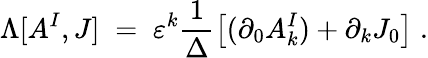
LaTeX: \Lambda[A^{I},J]\; =\; \varepsilon^{k}\frac{1}{\Delta}\left[(\partial_{0}A_{k}^{I})+\partial_{k}J_{0}\right]\; .